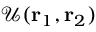
\mathcal { U } ( { \mathbf { r } _ { 1 } } , { \mathbf { r } _ { 2 } } )